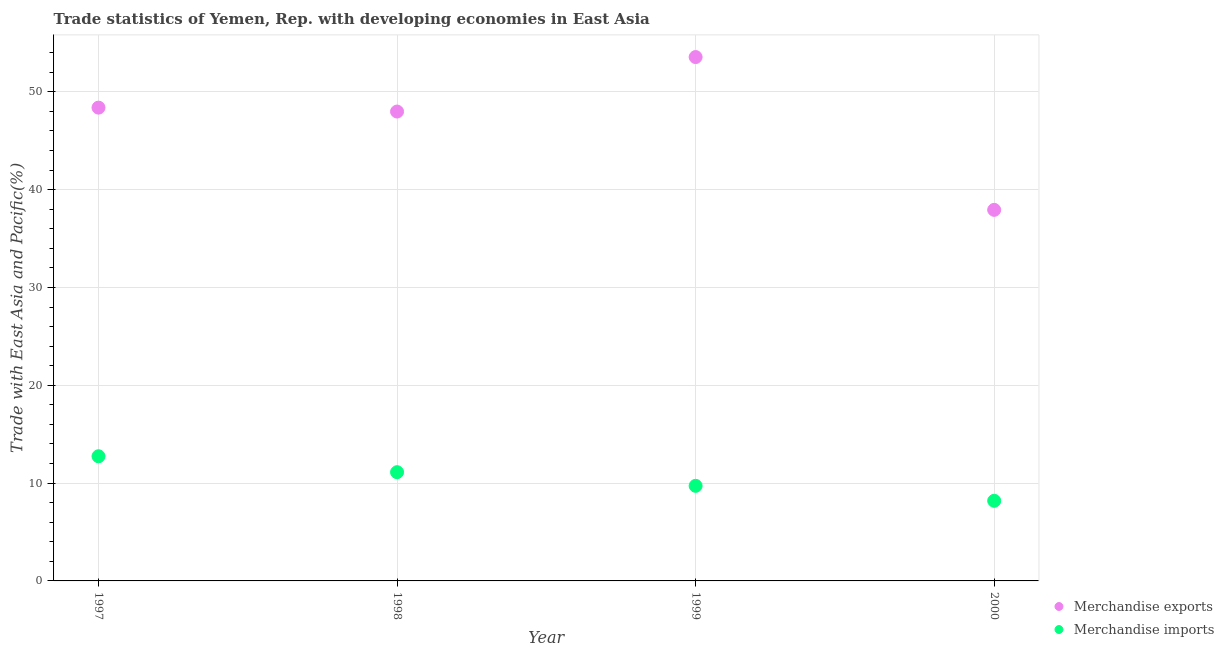
| Year | Merchandise exports | Merchandise imports |
 | --- | --- | --- |
 | 1997 | 48.4 | 12.7 |
 | 1998 | 48 | 11.1 |
 | 1999 | 53.6 | 9.72 |
 | 2000 | 37.9 | 8.19 |